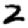
Digit: 2